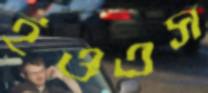
ইওএস